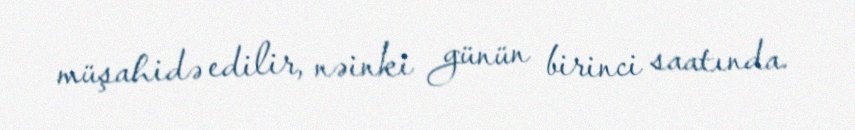
müşahidə edilir, nəinki günün birinci saatında.